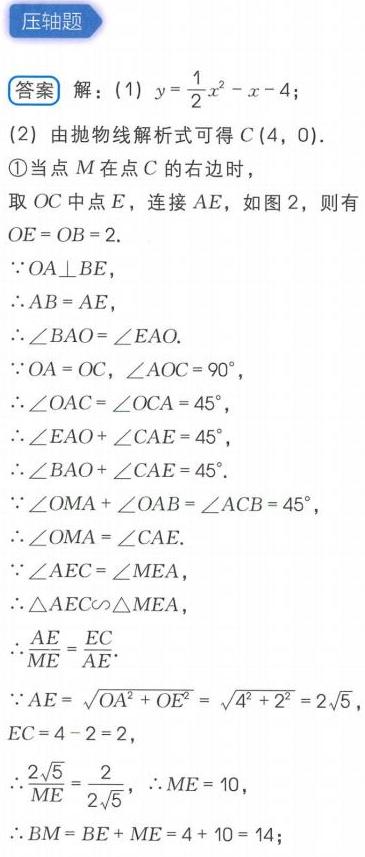
**压轴题**
**答案** 解：(1) \(y = \frac{1}{2}x^{2}-x - 4\)；
(2) 由抛物线解析式可得\(C(4,0)\).
\textcircled{1}当点\(M\)在点\(C\)的右边时，
取\(OC\)中点\(E\)，连接\(AE\)，如图2，则有
\(OE = OB = 2\).
\(\because OA\perp BE\)，
\(\therefore AB = AE\)，
\(\therefore\angle BAO=\angle EAO\).
\(\because OA = OC\)，\(\angle AOC = 90^{\circ}\)，
\(\therefore\angle OAC=\angle OCA = 45^{\circ}\)，
\(\therefore\angle EAO+\angle CAE = 45^{\circ}\)，
\(\therefore\angle BAO+\angle CAE = 45^{\circ}\).
\(\because\angle OMA+\angle OAB=\angle ACB = 45^{\circ}\)，
\(\therefore\angle OMA=\angle CAE\).
\(\because\angle AEC=\angle MEA\)，
\(\therefore\triangle AEC\sim\triangle MEA\)，
\(\therefore\frac{AE}{ME}=\frac{EC}{AE}\).
\(\because AE=\sqrt{OA^{2}+OE^{2}}=\sqrt{4^{2}+2^{2}} = 2\sqrt{5}\)，
\(EC = 4 - 2 = 2\)，
\(\therefore\frac{2\sqrt{5}}{ME}=\frac{2}{2\sqrt{5}}\)，\(\therefore ME = 10\)，
\(\therefore BM = BE+ME = 4 + 10 = 14\)；